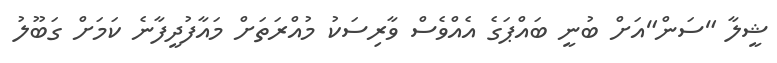
ޝީލާ "ސަން"އަށް ބުނީ ބައްޕަގެ އެއްވެސް ވާރިސަކު މުއްރަތަށް މައާފުދީފާނެ ކަމަށް ގަބޫލު